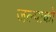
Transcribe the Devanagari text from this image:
जल्पाको